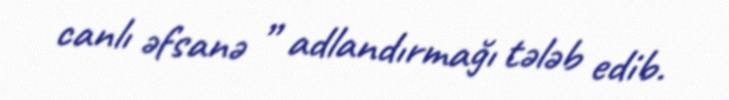
canlı əfsanə ” adlandırmağı tələb edib.